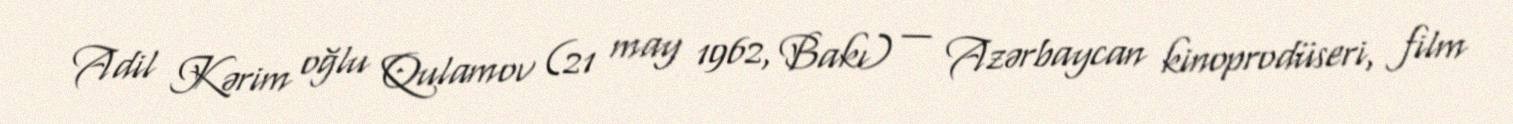
Adil Kərim oğlu Qulamov (21 may 1962, Bakı) — Azərbaycan kinoprodüseri, film